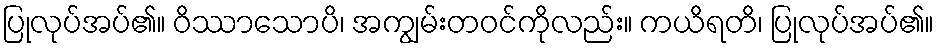
ပြုလုပ်အပ်၏။ ဝိဿာသောပိ၊ အကျွမ်းတဝင်ကိုလည်း။ ကယိရတိ၊ ပြုလုပ်အပ်၏။